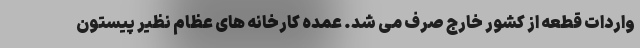
واردات قطعه از کشور خارج صرف می شد. عمده کارخانه های عظام نظیر پیستون